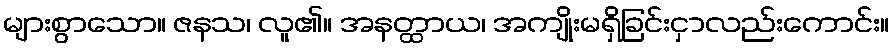
များစွာသော။ ဇနသ၊ လူ၏။ အနတ္ထာယ၊ အကျိုးမရှိခြင်းငှာလည်းကောင်း။